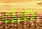
صك